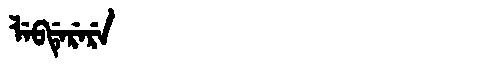
Manchu: ᠯᡝᠪᡩᡝᡵᡝᡵᡝ
Romanization: LEBDERERE